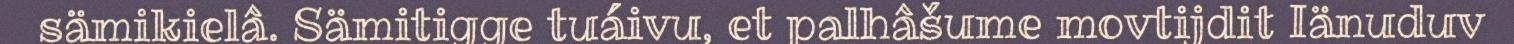
sämikielâ. Sämitigge tuáivu, et palhâšume movtijdit Iänuduv